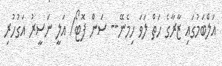
އަލްބަމުގައި ޒާރާގެ ހަތް ލަވަ ހިމެނޭ-- ސަން ފޮޓޯ/ އަލީ ނަސީރު އަގުހުރި